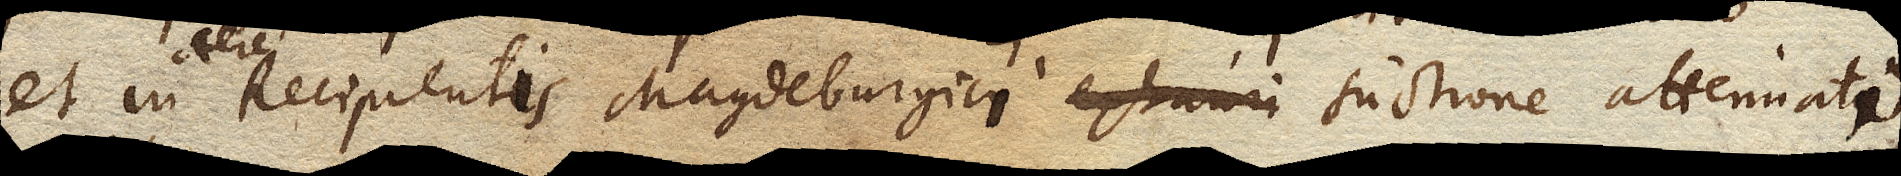
et in Recipiente Magdeburgico suctione attenuato aere Recipientis Magdeburgici suctione attenuati